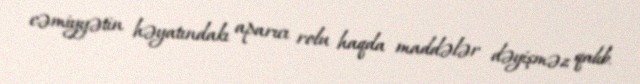
cəmiyyətin həyatındakı aparıcı rolu haqda maddələr dəyişməz qalıb.